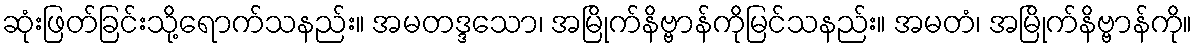
ဆုံးဖြတ်ခြင်းသို့ရောက်သနည်း။ အမတဒ္ဒသော၊ အမြိုက်နိဗ္ဗာန်ကိုမြင်သနည်း။ အမတံ၊ အမြိုက်နိဗ္ဗာန်ကို။